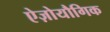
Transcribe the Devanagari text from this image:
ऐज़ोयौगिक